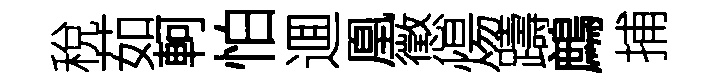
稅茹軻怕逥凰懲煬躊鷓捕